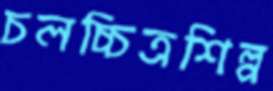
চলচ্চিত্রশিল্প